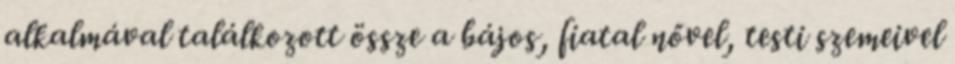
alkalmával találkozott össze a bájos, fiatal nővel, testi szemeivel